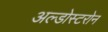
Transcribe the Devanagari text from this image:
अल्डोस्टरोन